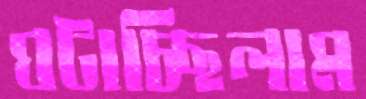
ঘটাচ্ছিলাম